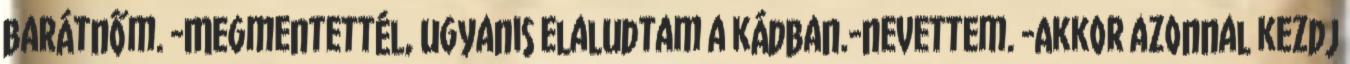
barátnőm. -Megmentettél, ugyanis elaludtam a kádban.-nevettem. -Akkor azonnal kezdj